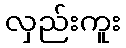
လှည်းကူး